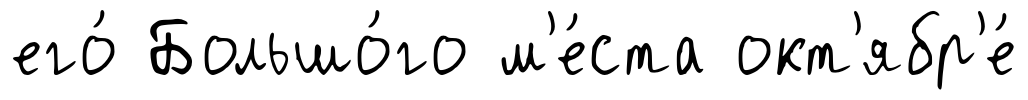
его́ Большо́го м'е́ста окт'ябр'е́